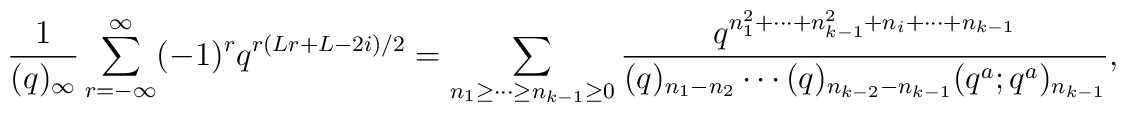
\frac{1}{(q)_{\infty}}\sum_{r=-\infty}^{\infty} (-1)^r q^{r(Lr+L-2i)/2}=\displaystyle\sum_{n_1 \geq \cdots \geq n_{k-1} \geq 0}\frac{q^{n_1^2 +\cdots + n_{k-1}^2 +n_{i} +\cdots +n_{k-1}}}     {(q)_{n_1 -n_2 } \cdots (q)_{n_{k-2}-n_{k-1}}      (q^a ; q^a )_{n_{k-1}}},